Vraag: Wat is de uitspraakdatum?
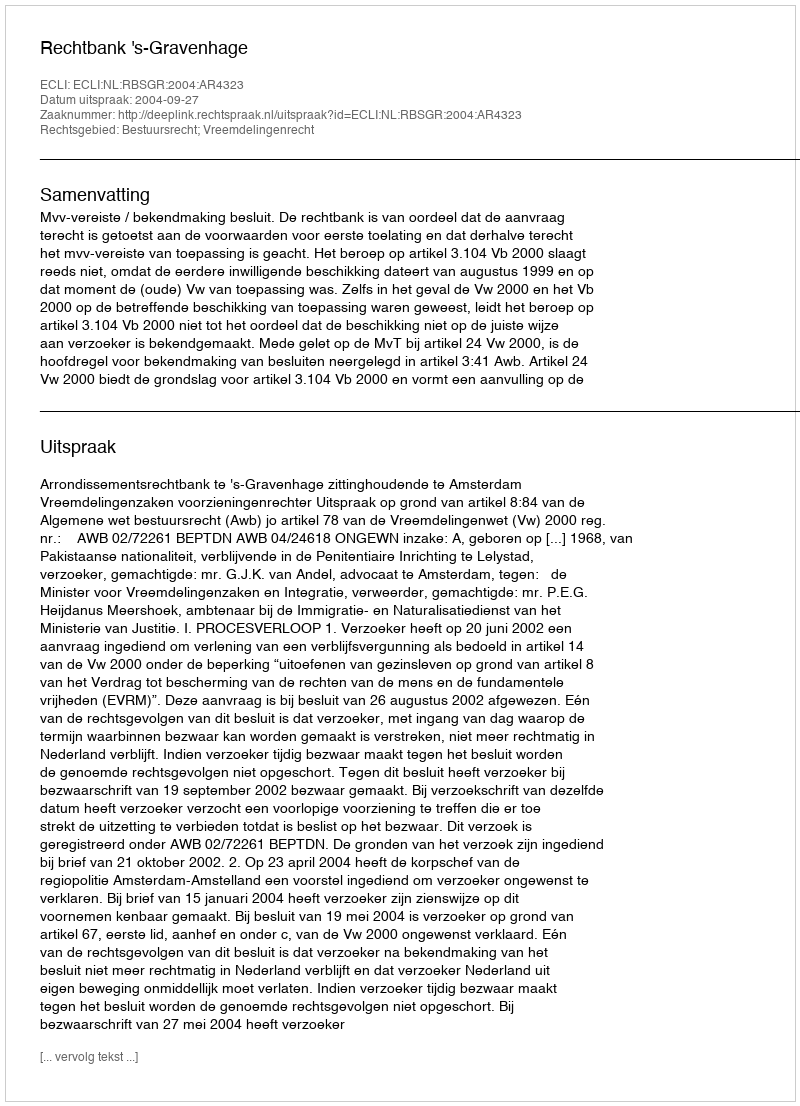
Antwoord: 2004-09-27